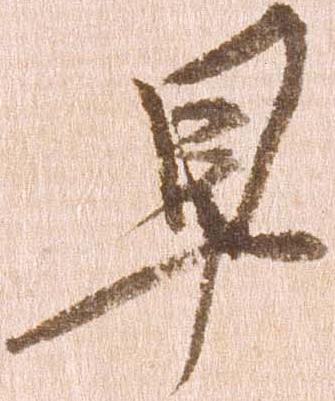
早